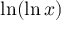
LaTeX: \ln ( \ln x )